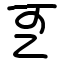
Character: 㐓